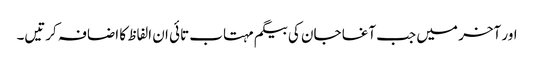
اور آخر میں جب آغا جان کی بیگم مہتاب تائی ان الفاظ کا اضافہ کرتیں۔